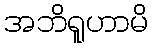
အဘိရူဟာမိ